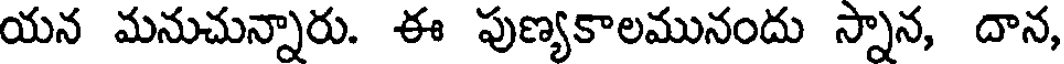
యన మనుచున్నారు. ఈ పుణ్యకాలమునందు స్నాన, దాన,